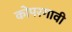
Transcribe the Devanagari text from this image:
कोपरगावी